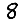
Digit: 8